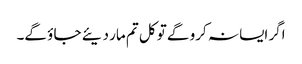
اگر ایسا نہ کرو گے تو کل تم مار دیئے جا ؤ گے۔